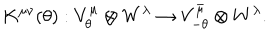
K ^ { \mu \nu } ( \theta ) : V _ { \theta } ^ { \mu } \otimes W ^ { \lambda } \to V _ { - \theta } ^ { \bar { \mu } } \otimes W ^ { \lambda } .